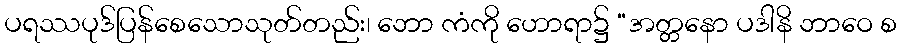
ပရဿပုဒ်ပြန်စေသောသုတ်တည်း၊ ဘော ကံကို ဟောရာ၌ “အတ္တနော ပဒါနိ ဘာဝေ စ